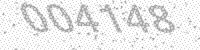
Solution: 004148